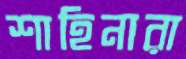
শাহিনারা